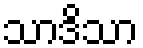
သာဒိသာ